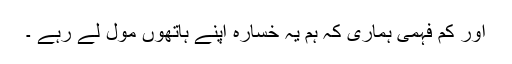
اور کم فہمی ہماری کہ ہم یہ خسارہ اپنے ہاتھوں مول لے رہے ۔